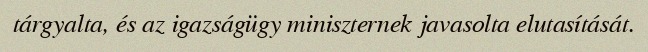
tárgyalta, és az igazságügy miniszternek javasolta elutasítását.